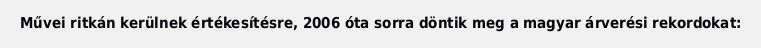
Művei ritkán kerülnek értékesítésre, 2006 óta sorra döntik meg a magyar árverési rekordokat: